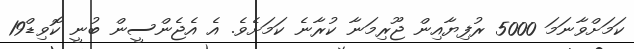
ކަމަށްވާނަމަ 5000 ރުފިޔާއިން ޖޫރިމަނާ ކުރާނެ ކަމަށެވެ. އެ އެޖެންސީން ބުނީ ކޮވިޑް19